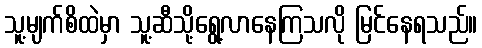
သူ့မျက်စိထဲမှာ သူ့ဆီသို့ရွေ့လာနေကြသလို မြင်နေရသည်။